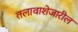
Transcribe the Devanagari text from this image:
तलावाशेजारील